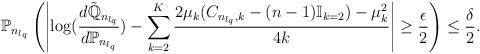
LaTeX: \begin{align*}\mathbb{P}_{n_{l_q}}\left( \left| \log(\frac{d\tilde{\mathbb{Q}}_{n_{l_{q}}}}{d\mathbb{P}_{n_{l_{q}}}}) - \sum_{k=2}^{K} \frac{2\mu_{k}(C_{n_{l_q},k}-(n-1)\mathbb{I}_{k=2})-\mu_{k}^{2}}{4k} \right|\ge \frac{\epsilon}{2} \right) \le \frac{\delta}{2}.\end{align*}